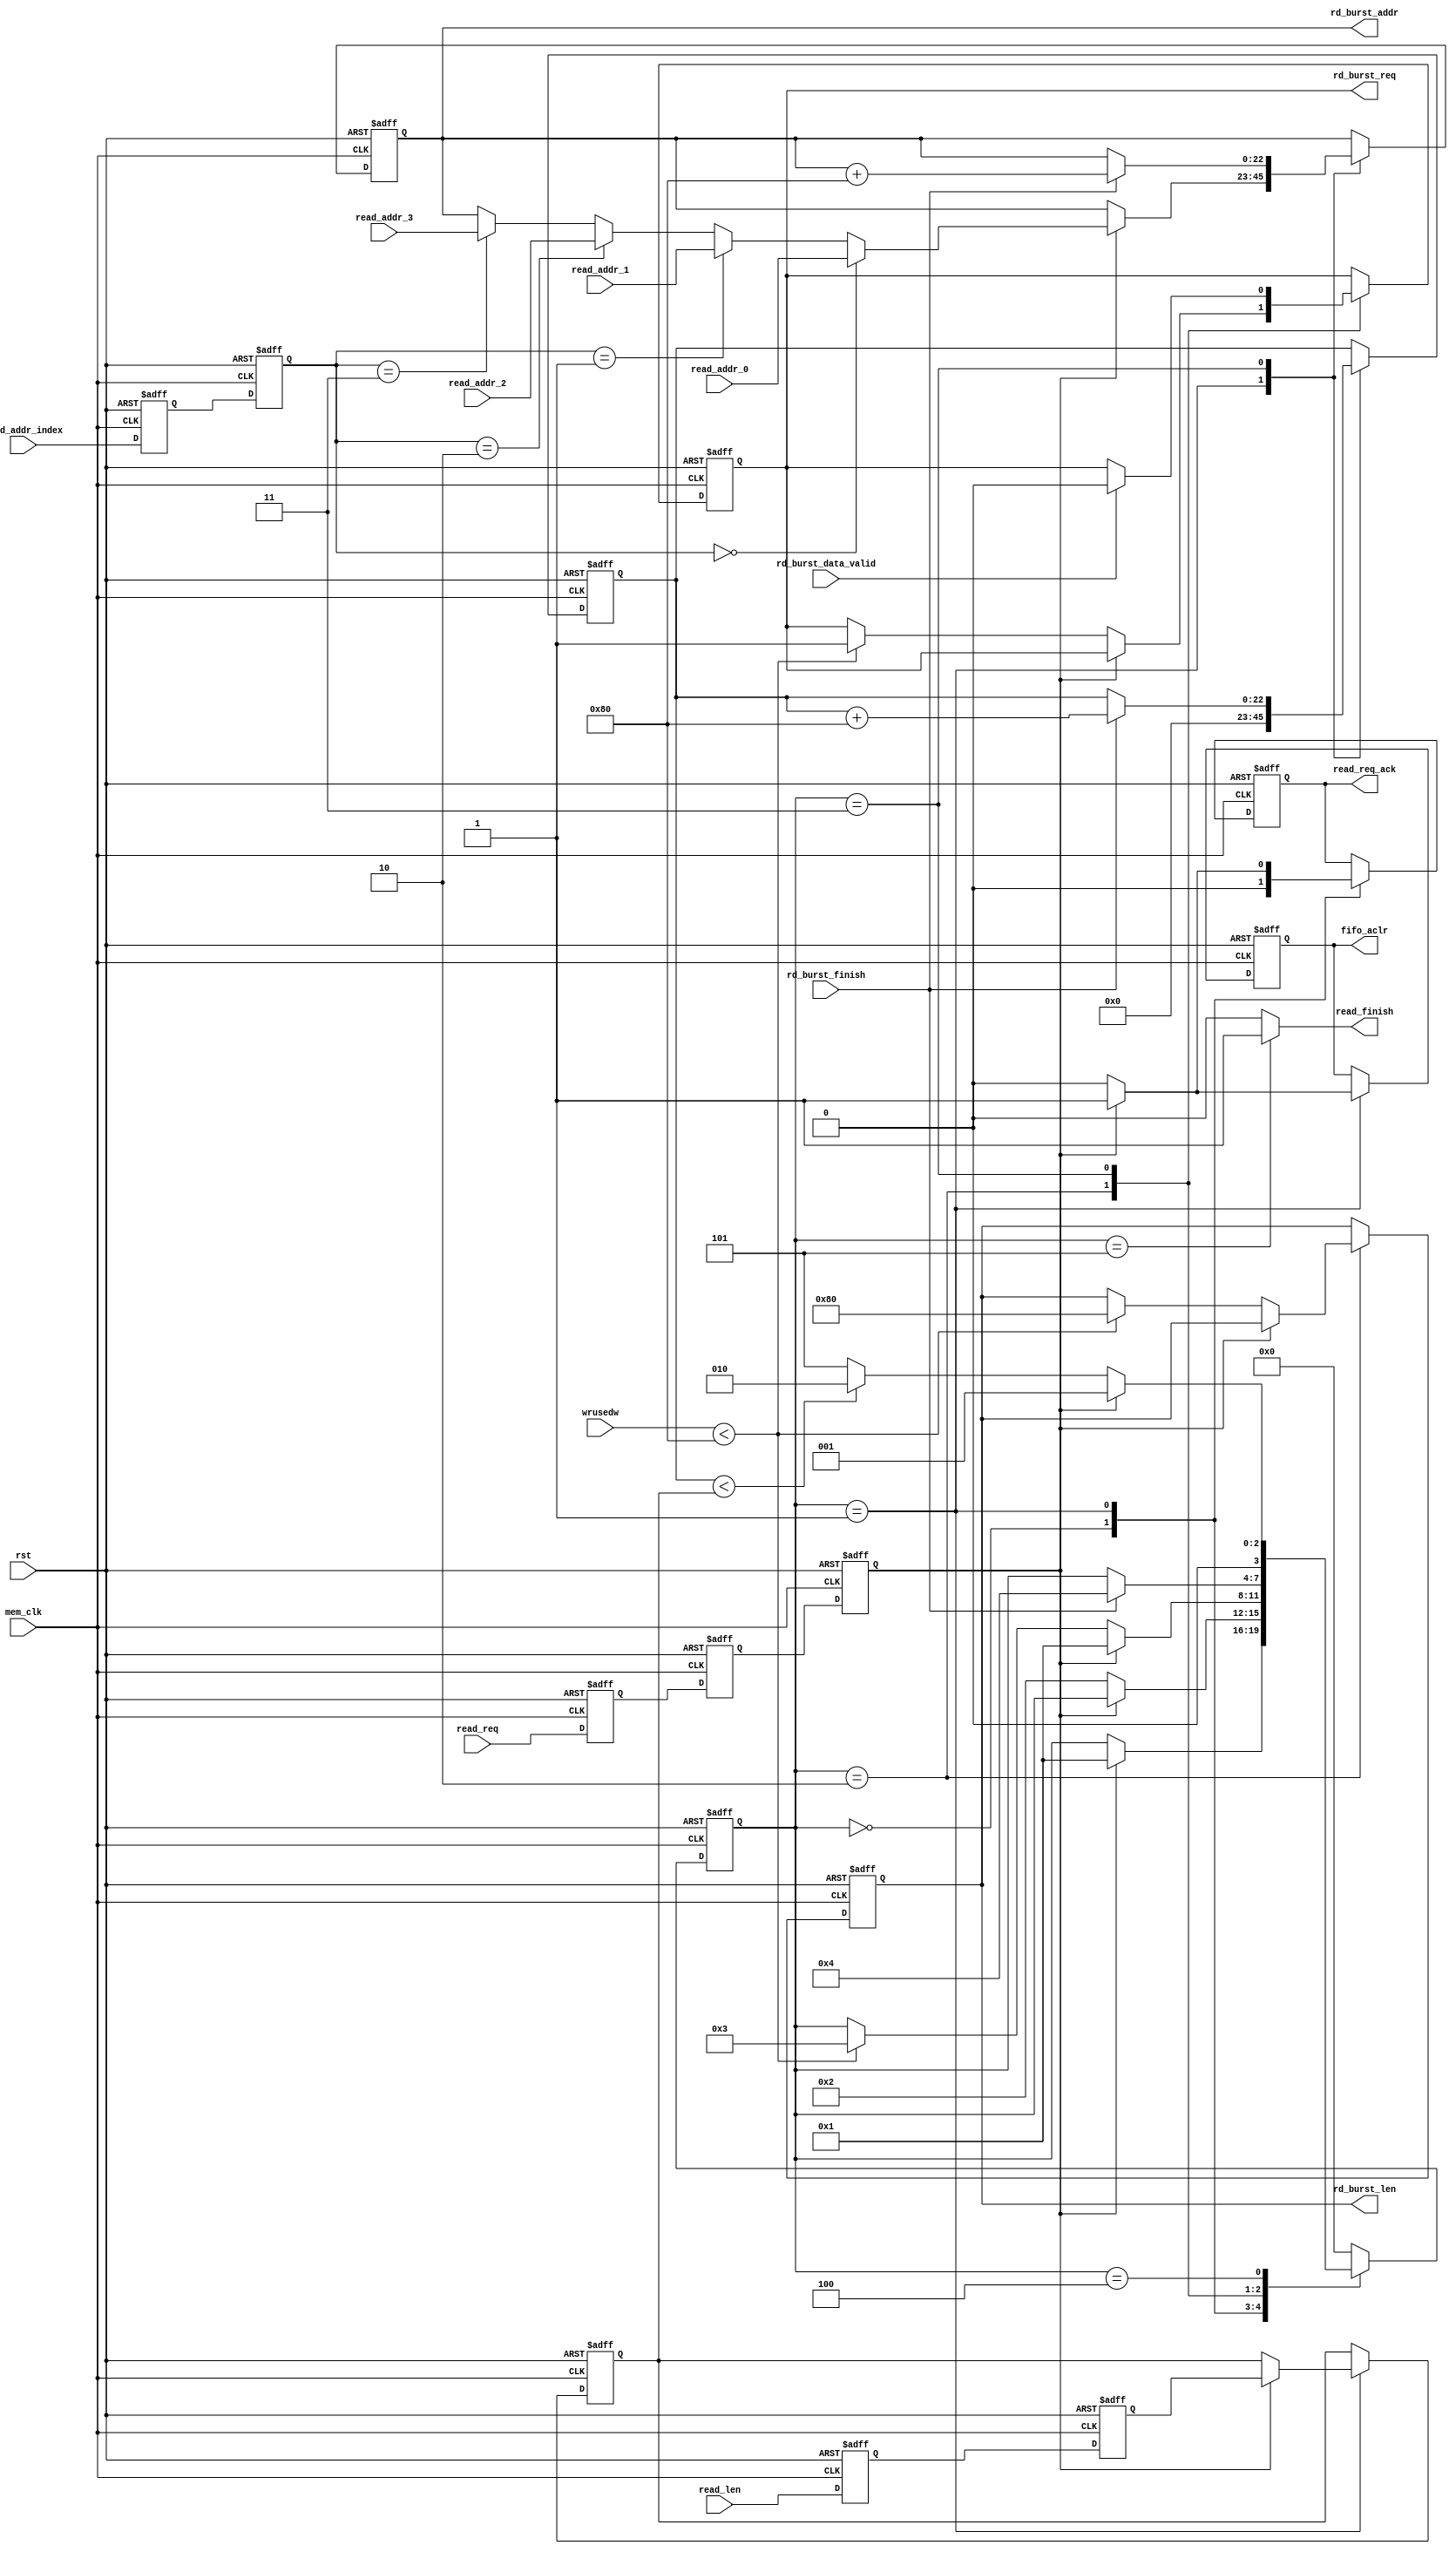
//////////////////////////////////////////////////////////////////////////////////
//  Cross clock domain data reading frame with FIFO interface                   //
//                                                                              //
//          msq@qq.com                                                          //
//          ALINX(shanghai) Technology Co.,Ltd                                  //
//          heijin                                                              //
//     WEB: http://www.alinx.cn/                                                //
//     BBS: http://www.heijin.org/                                              //
//                                                                              //
//////////////////////////////////////////////////////////////////////////////////
//                                                                              //
// Copyright (c) 2017,ALINX(shanghai) Technology Co.,Ltd                        //
//                    All rights reserved                                       //
//                                                                              //
// This source file may be used and distributed without restriction provided    //
// that this copyright statement is not removed from the file and that any      //
// derivative work contains the original copyright notice and the associated    //
// disclaimer.                                                                  //
//                                                                              //
//////////////////////////////////////////////////////////////////////////////////

//================================================================================
//  Revision History:
//  Date          By            Revision    Change Description
//--------------------------------------------------------------------------------
//  2017/7/19     meisq          1.0         Original
//*******************************************************************************/

`timescale 1ns/1ps
module frame_fifo_read
#
(
	parameter MEM_DATA_BITS          = 32,
	parameter ADDR_BITS              = 23,
	parameter BUSRT_BITS             = 10,
	parameter FIFO_DEPTH             = 256,
	parameter BURST_SIZE             = 128
)               
(
	input                            rst,                  
	input                            mem_clk,                    // external memory controller user interface clock
	output reg                       rd_burst_req,               // to external memory controller,send out a burst read request  
	output reg[BUSRT_BITS - 1:0]     rd_burst_len,               // to external memory controller,data length of the burst read request, not bytes 
	output reg[ADDR_BITS - 1:0]      rd_burst_addr,              // to external memory controller,base address of the burst read request
	input                            rd_burst_data_valid,        // from external memory controller,read request data valid    
	input                            rd_burst_finish,            // from external memory controller,burst read finish
	input                            read_req,                   // data read module read request,keep '1' until read_req_ack = '1'
	output reg                       read_req_ack,               // data read module read request response
	output                           read_finish,                // data read module read request finish
	input[ADDR_BITS - 1:0]           read_addr_0,                // data read module read request base address 0, used when read_addr_index = 0
	input[ADDR_BITS - 1:0]           read_addr_1,                // data read module read request base address 1, used when read_addr_index = 1
	input[ADDR_BITS - 1:0]           read_addr_2,                // data read module read request base address 1, used when read_addr_index = 2
	input[ADDR_BITS - 1:0]           read_addr_3,                // data read module read request base address 1, used when read_addr_index = 3
	input[1:0]                       read_addr_index,            // select valid base address from read_addr_0 read_addr_1 read_addr_2 read_addr_3
	input[ADDR_BITS - 1:0]           read_len,                   // data read module read request data length
	output reg                       fifo_aclr,                  // to fifo asynchronous clear
	input[15:0]                      wrusedw                     // from fifo write used words
);
localparam ONE                       = 256'd1;                   //256 bit '1'   you can use ONE[n-1:0] for n bit '1'
localparam ZERO                      = 256'd0;                   //256 bit '0'
//read state machine code
localparam S_IDLE                    = 0;                        //idle state,waiting for frame read
localparam S_ACK                     = 1;                        //read request response
localparam S_CHECK_FIFO              = 2;                        //check the FIFO status, ensure that there is enough space to burst read
localparam S_READ_BURST              = 3;                        //begin a burst read
localparam S_READ_BURST_END          = 4;                        //a burst read complete
localparam S_END                     = 5;                        //a frame of data is read to complete

reg                                  read_req_d0;                //asynchronous read request, synchronize to 'mem_clk' clock domain,first beat
reg                                  read_req_d1;                //second
reg                                  read_req_d2;                //third,Why do you need 3 ? Here's the design habit
reg[ADDR_BITS - 1:0]                 read_len_d0;                //asynchronous read_len(read data length), synchronize to 'mem_clk' clock domain first
reg[ADDR_BITS - 1:0]                 read_len_d1;                //second
reg[ADDR_BITS - 1:0]                 read_len_latch;             //lock read data length
reg[ADDR_BITS - 1:0]                 read_cnt;                   //read data counter
reg[3:0]                             state;                      //state machine
reg[1:0]                             read_addr_index_d0;         //synchronize to 'mem_clk' clock domain first
reg[1:0]                             read_addr_index_d1;         //synchronize to 'mem_clk' clock domain second

assign read_finish = (state == S_END) ? 1'b1 : 1'b0;             //read finish at state 'S_END'
always@(posedge mem_clk or posedge rst)
begin
	if(rst == 1'b1)
	begin
		read_req_d0    <=  1'b0;
		read_req_d1    <=  1'b0;
		read_req_d2    <=  1'b0;
		read_len_d0    <=  ZERO[ADDR_BITS - 1:0];               //equivalent to read_len_d0 <= 0;
		read_len_d1    <=  ZERO[ADDR_BITS - 1:0];               //equivalent to read_len_d1 <= 0;
		read_addr_index_d0 <= 2'b00;
		read_addr_index_d1 <= 2'b00;
	end
	else
	begin
		read_req_d0    <=  read_req;
		read_req_d1    <=  read_req_d0;
		read_req_d2    <=  read_req_d1;     
		read_len_d0    <=  read_len;
		read_len_d1    <=  read_len_d0; 
		read_addr_index_d0 <= read_addr_index;
		read_addr_index_d1 <= read_addr_index_d0;
	end 
end


always@(posedge mem_clk or posedge rst)
begin
	if(rst == 1'b1)
	begin
		state <= S_IDLE;
		read_len_latch <= ZERO[ADDR_BITS - 1:0];
		rd_burst_addr <= ZERO[ADDR_BITS - 1:0];
		rd_burst_req <= 1'b0;
		read_cnt <= ZERO[ADDR_BITS - 1:0];
		fifo_aclr <= 1'b0;
		rd_burst_len <= ZERO[BUSRT_BITS - 1:0];
		read_req_ack <= 1'b0;
	end
	else
		case(state)
			//idle state,waiting for read, read_req_d2 == '1' goto the 'S_ACK'
			S_IDLE:
			begin
				if(read_req_d2 == 1'b1)
				begin
					state <= S_ACK;
				end
				read_req_ack <= 1'b0;
			end
			//'S_ACK' state completes the read request response, the FIFO reset, the address latch, and the data length latch
			S_ACK:
			begin
				if(read_req_d2 == 1'b0)
				begin
					state <= S_CHECK_FIFO;
					fifo_aclr <= 1'b0;
					read_req_ack <= 1'b0;
				end
				else
				begin
					//read request response
					read_req_ack <= 1'b1;
					//FIFO reset
					fifo_aclr <= 1'b1;
					//select valid base address from read_addr_0 read_addr_1 read_addr_2 read_addr_3
					if(read_addr_index_d1 == 2'd0)
						rd_burst_addr <= read_addr_0;
					else if(read_addr_index_d1 == 2'd1)
						rd_burst_addr <= read_addr_1;
					else if(read_addr_index_d1 == 2'd2)
						rd_burst_addr <= read_addr_2;
					else if(read_addr_index_d1 == 2'd3)
						rd_burst_addr <= read_addr_3;
					//latch data length
					read_len_latch <= read_len_d1;
				end
				//read data counter reset, read_cnt <= 0;
				read_cnt <= ZERO[ADDR_BITS - 1:0];
			end
			S_CHECK_FIFO:
			begin
				//if there is a read request at this time, enter the 'S_ACK' state
				if(read_req_d2 == 1'b1)
				begin
					state <= S_ACK;
				end
				//if the FIFO space is a burst read request, goto burst read state
				else if(wrusedw < (FIFO_DEPTH - BURST_SIZE))
				begin
					state <= S_READ_BURST;
					rd_burst_len <= BURST_SIZE[BUSRT_BITS - 1:0];
					rd_burst_req <= 1'b1;
				end
			end
			
			S_READ_BURST:
			begin
				if(rd_burst_data_valid)
					rd_burst_req <= 1'b0;
				//burst finish  
				if(rd_burst_finish == 1'b1)
				begin
					state <= S_READ_BURST_END;
					//read counter + burst length
					read_cnt <= read_cnt + BURST_SIZE[ADDR_BITS - 1:0];
					//the next burst read address is generated
					rd_burst_addr <= rd_burst_addr + BURST_SIZE[ADDR_BITS - 1:0];
				end     
			end
			S_READ_BURST_END:
			begin
				//if there is a read request at this time, enter the 'S_ACK' state
				if(read_req_d2 == 1'b1)
				begin
					state <= S_ACK;
				end
				//if the read counter value is less than the frame length, continue read,
				//otherwise the read is complete
				else if(read_cnt < read_len_latch)
				begin
					state <= S_CHECK_FIFO;
				end
				else
				begin
					state <= S_END;
				end
			end
			S_END:
			begin
				state <= S_IDLE;
			end
			default:
				state <= S_IDLE;
		endcase
end
endmodule